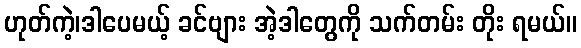
ဟုတ်ကဲ့၊ဒါပေမယ့် ခင်ဗျား အဲ့ဒါတွေကို သက်တမ်း တိုး ရမယ်။